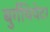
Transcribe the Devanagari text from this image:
बुर्गथियेटर